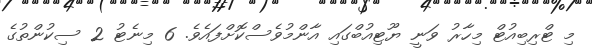
މި ޓްރިބިއުޓް މިހާރު ވަނީ ޔޫޓިއުބްގައި އާންމުވެސްކޮށްފައެވެ. 6 މިނެޓު 2 ސިކުންތުގެ